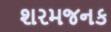
શરમજનક